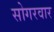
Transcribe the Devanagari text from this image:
सोगरवार